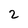
Character: 2